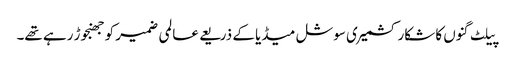
پیلٹ گنوں کا شکار کشمیری سوشل میڈیا کے ذریعے عالمی ضمیر کو جھنجوڑ رہے تھے۔